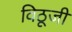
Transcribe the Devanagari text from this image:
विठूजी